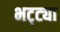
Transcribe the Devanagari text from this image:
भट्‌ट्या